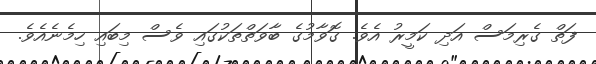
ފަތް ގެރިމަސް އަދި ކަމީރު އެވެ. ގޮވާމުގެ ބާވަތްތަކުގައި ވެސް މިބައި ހިމެނެއެވެ.